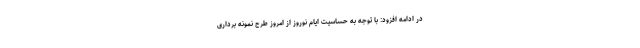
در ادامه افزود: با توجه به حساسیت ایام نوروز از امروز طرح نمونه برداری